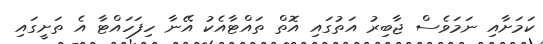
ކަމަށާއި ނަމަވެސް ޖާބިރު އަތުގައި އޮތް ތައްޓާއެކު އޭނާ ހިފަހައްޓާ އެ ތަށީގައި